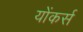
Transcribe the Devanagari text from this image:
योंकर्स